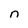
Character: n